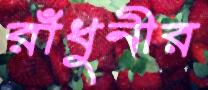
রাঁধুনীর